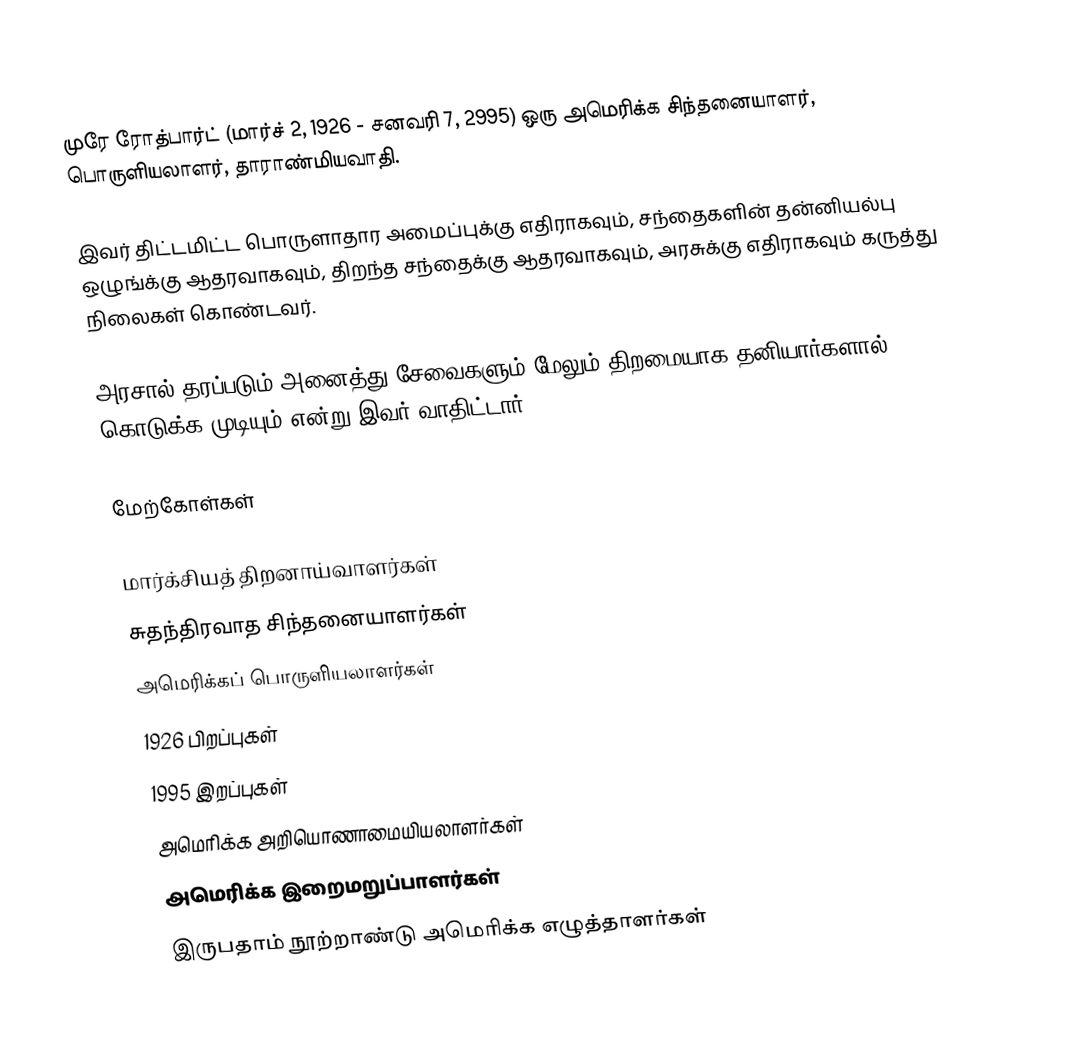
முரே ரோத்பார்ட் (மார்ச் 2, 1926 - சனவரி 7, 2995) ஒரு அமெரிக்க சிந்தனையாளர், பொருளியலாளர், தாராண்மியவாதி.

இவர் திட்டமிட்ட பொருளாதார அமைப்புக்கு எதிராகவும், சந்தைகளின் தன்னியல்பு ஒழுங்க்கு ஆதரவாகவும், திறந்த சந்தைக்கு ஆதரவாகவும், அரசுக்கு எதிராகவும் கருத்து நிலைகள் கொண்டவர்.

அரசால் தரப்படும் அனைத்து சேவைகளும் மேலும் திறமையாக தனியார்களால் கொடுக்க முடியும் என்று இவர் வாதிட்டார்.

மேற்கோள்கள்

மார்க்சியத் திறனாய்வாளர்கள்
சுதந்திரவாத சிந்தனையாளர்கள்
அமெரிக்கப் பொருளியலாளர்கள்
1926 பிறப்புகள்
1995 இறப்புகள்
அமெரிக்க அறியொணாமையியலாளர்கள்
அமெரிக்க இறைமறுப்பாளர்கள்
இருபதாம் நூற்றாண்டு அமெரிக்க எழுத்தாளர்கள்